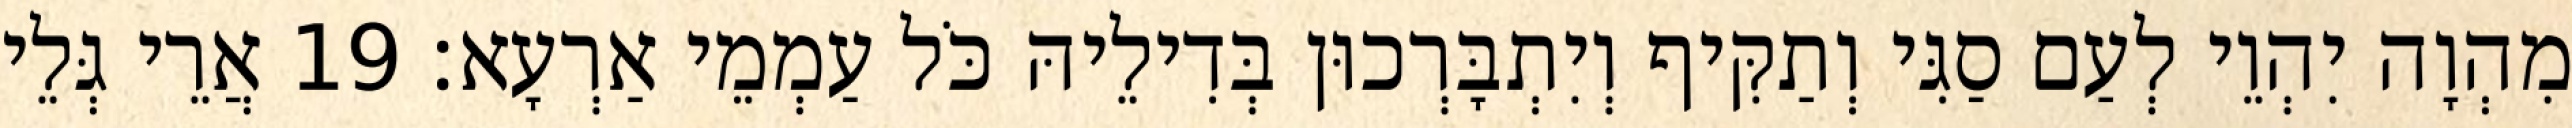
מִהְוָה יִהְוֵי לְעַם סַגִּי וְתַקִּיף וְיִתְבָּרְכוּן בְּדִילֵיהּ כֹּל עַמְמֵי אַרְעָא׃ 19 אֲרֵי גְּלֵי